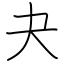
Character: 夬